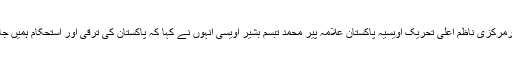
ان خیالات کا اظہارمرکزی ناظم اعلیٰ تحریک اویسیہ پاکستان علامہ پیر محمد تبسم بشیر اویسی انہوں نے کہا کہ پاکستان کی ترقی اور استحکام ہمیں جان سے عزیز ہے ۔